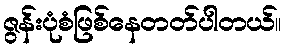
ဇွန်းပုံစံဖြစ်နေတတ်ပါတယ်။